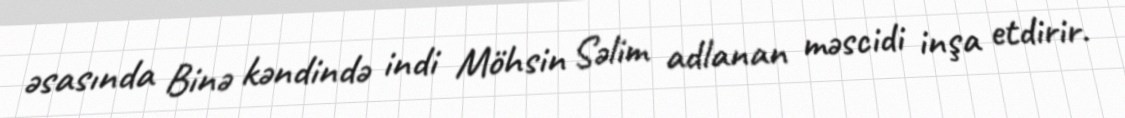
əsasında Binə kəndində indi Möhsin Səlim adlanan məscidi inşa etdirir.